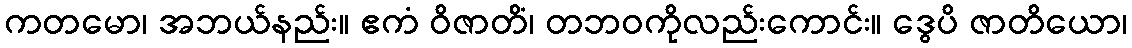
ကတမော၊ အဘယ်နည်း။ ဧကံ ဝိဇာတိံ၊ တဘဝကိုလည်းကောင်း။ ဒွေပိ ဇာတိယော၊